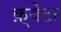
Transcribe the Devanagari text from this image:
क़्वेटा